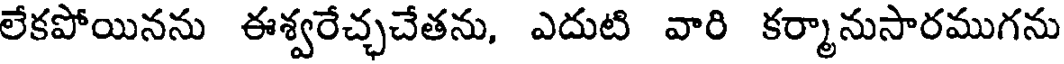
లేకపోయినను ఈశ్వరేచ్చచేతను, ఎదుటి వారి కర్మానుసారముగను